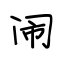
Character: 闹